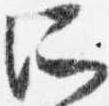
所